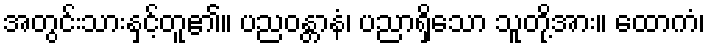
အတွင်းသားနှင့်တူ၏။ ပညဝန္တာနံ၊ ပညာရှိသော သူတို့အား။ ထောကံ၊